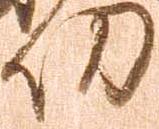
功